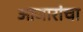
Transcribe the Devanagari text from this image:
आजारांचा